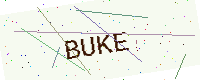
Text: BUKE